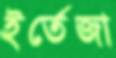
ইর্তেজা